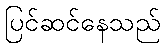
ပြင်ဆင်နေသည်